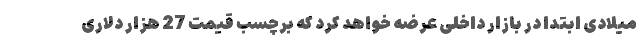
میلادی ابتدا در بازار داخلی عرضه خواهد کرد که برچسب قیمت 27 هزار دلاری